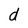
Character: d